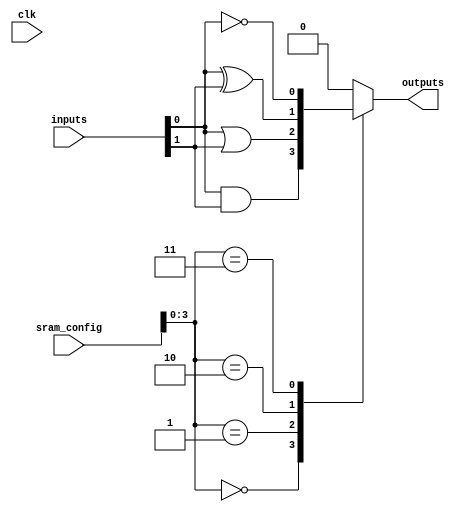
module CLB #(
    parameter NUM_INPUTS = 4,
    parameter NUM_OUTPUTS = 1,
    parameter SRAM_WIDTH = 16 // Assuming 16 bits for configuration
)(
    input  wire [NUM_INPUTS-1:0] inputs,         // Inputs to the CLB
    input  wire [SRAM_WIDTH-1:0] sram_config,    // Configuration data from SRAM
    input  wire clk,                               // Clock signal for synchronization
    output reg  [NUM_OUTPUTS-1:0] outputs        // Outputs from the CLB
);

// Internal signals for the logic operations
wire [NUM_INPUTS-1:0] not_inputs;
wire [NUM_INPUTS-1:0] and_out;
wire [NUM_INPUTS-1:0] or_out;
wire [NUM_INPUTS-1:0] xor_out;

// Generate NOT gates
genvar i;
generate
    for (i = 0; i < NUM_INPUTS; i = i + 1) begin : NOT_GEN
        assign not_inputs[i] = ~inputs[i];
    end
endgenerate

// Generate AND gates
assign and_out[0] = inputs[0] & inputs[1];
assign and_out[1] = inputs[0] & inputs[2];
assign and_out[2] = inputs[1] & inputs[2];
assign and_out[3] = inputs[2] & inputs[3];

// Generate OR gates
assign or_out[0] = inputs[0] | inputs[1];
assign or_out[1] = inputs[0] | inputs[2];
assign or_out[2] = inputs[1] | inputs[2];
assign or_out[3] = inputs[2] | inputs[3];

// Generate XOR gates
assign xor_out[0] = inputs[0] ^ inputs[1];
assign xor_out[1] = inputs[0] ^ inputs[2];
assign xor_out[2] = inputs[1] ^ inputs[2];
assign xor_out[3] = inputs[2] ^ inputs[3];

// Multiplexer to select output based on SRAM configuration
always @(*) begin
    case (sram_config[3:0]) // Assuming 4 bits used for output selection
        4'b0000: outputs = and_out[0]; // Select AND output
        4'b0001: outputs = or_out[0];  // Select OR output
        4'b0010: outputs = xor_out[0]; // Select XOR output
        4'b0011: outputs = not_inputs[0]; // Select NOT output
        // Add more cases as needed for different combinations
        default: outputs = 1'b0; // Default case
    endcase
end

endmodule